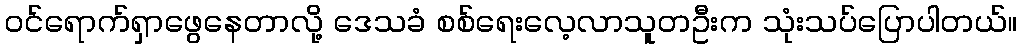
ဝင်ရောက်ရှာဖွေနေတာလို့ ဒေသခံ စစ်ရေးလေ့လာသူတဦးက သုံးသပ်ပြောပါတယ်။